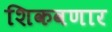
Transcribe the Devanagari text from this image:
शिकवणार